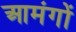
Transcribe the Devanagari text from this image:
आमंगों